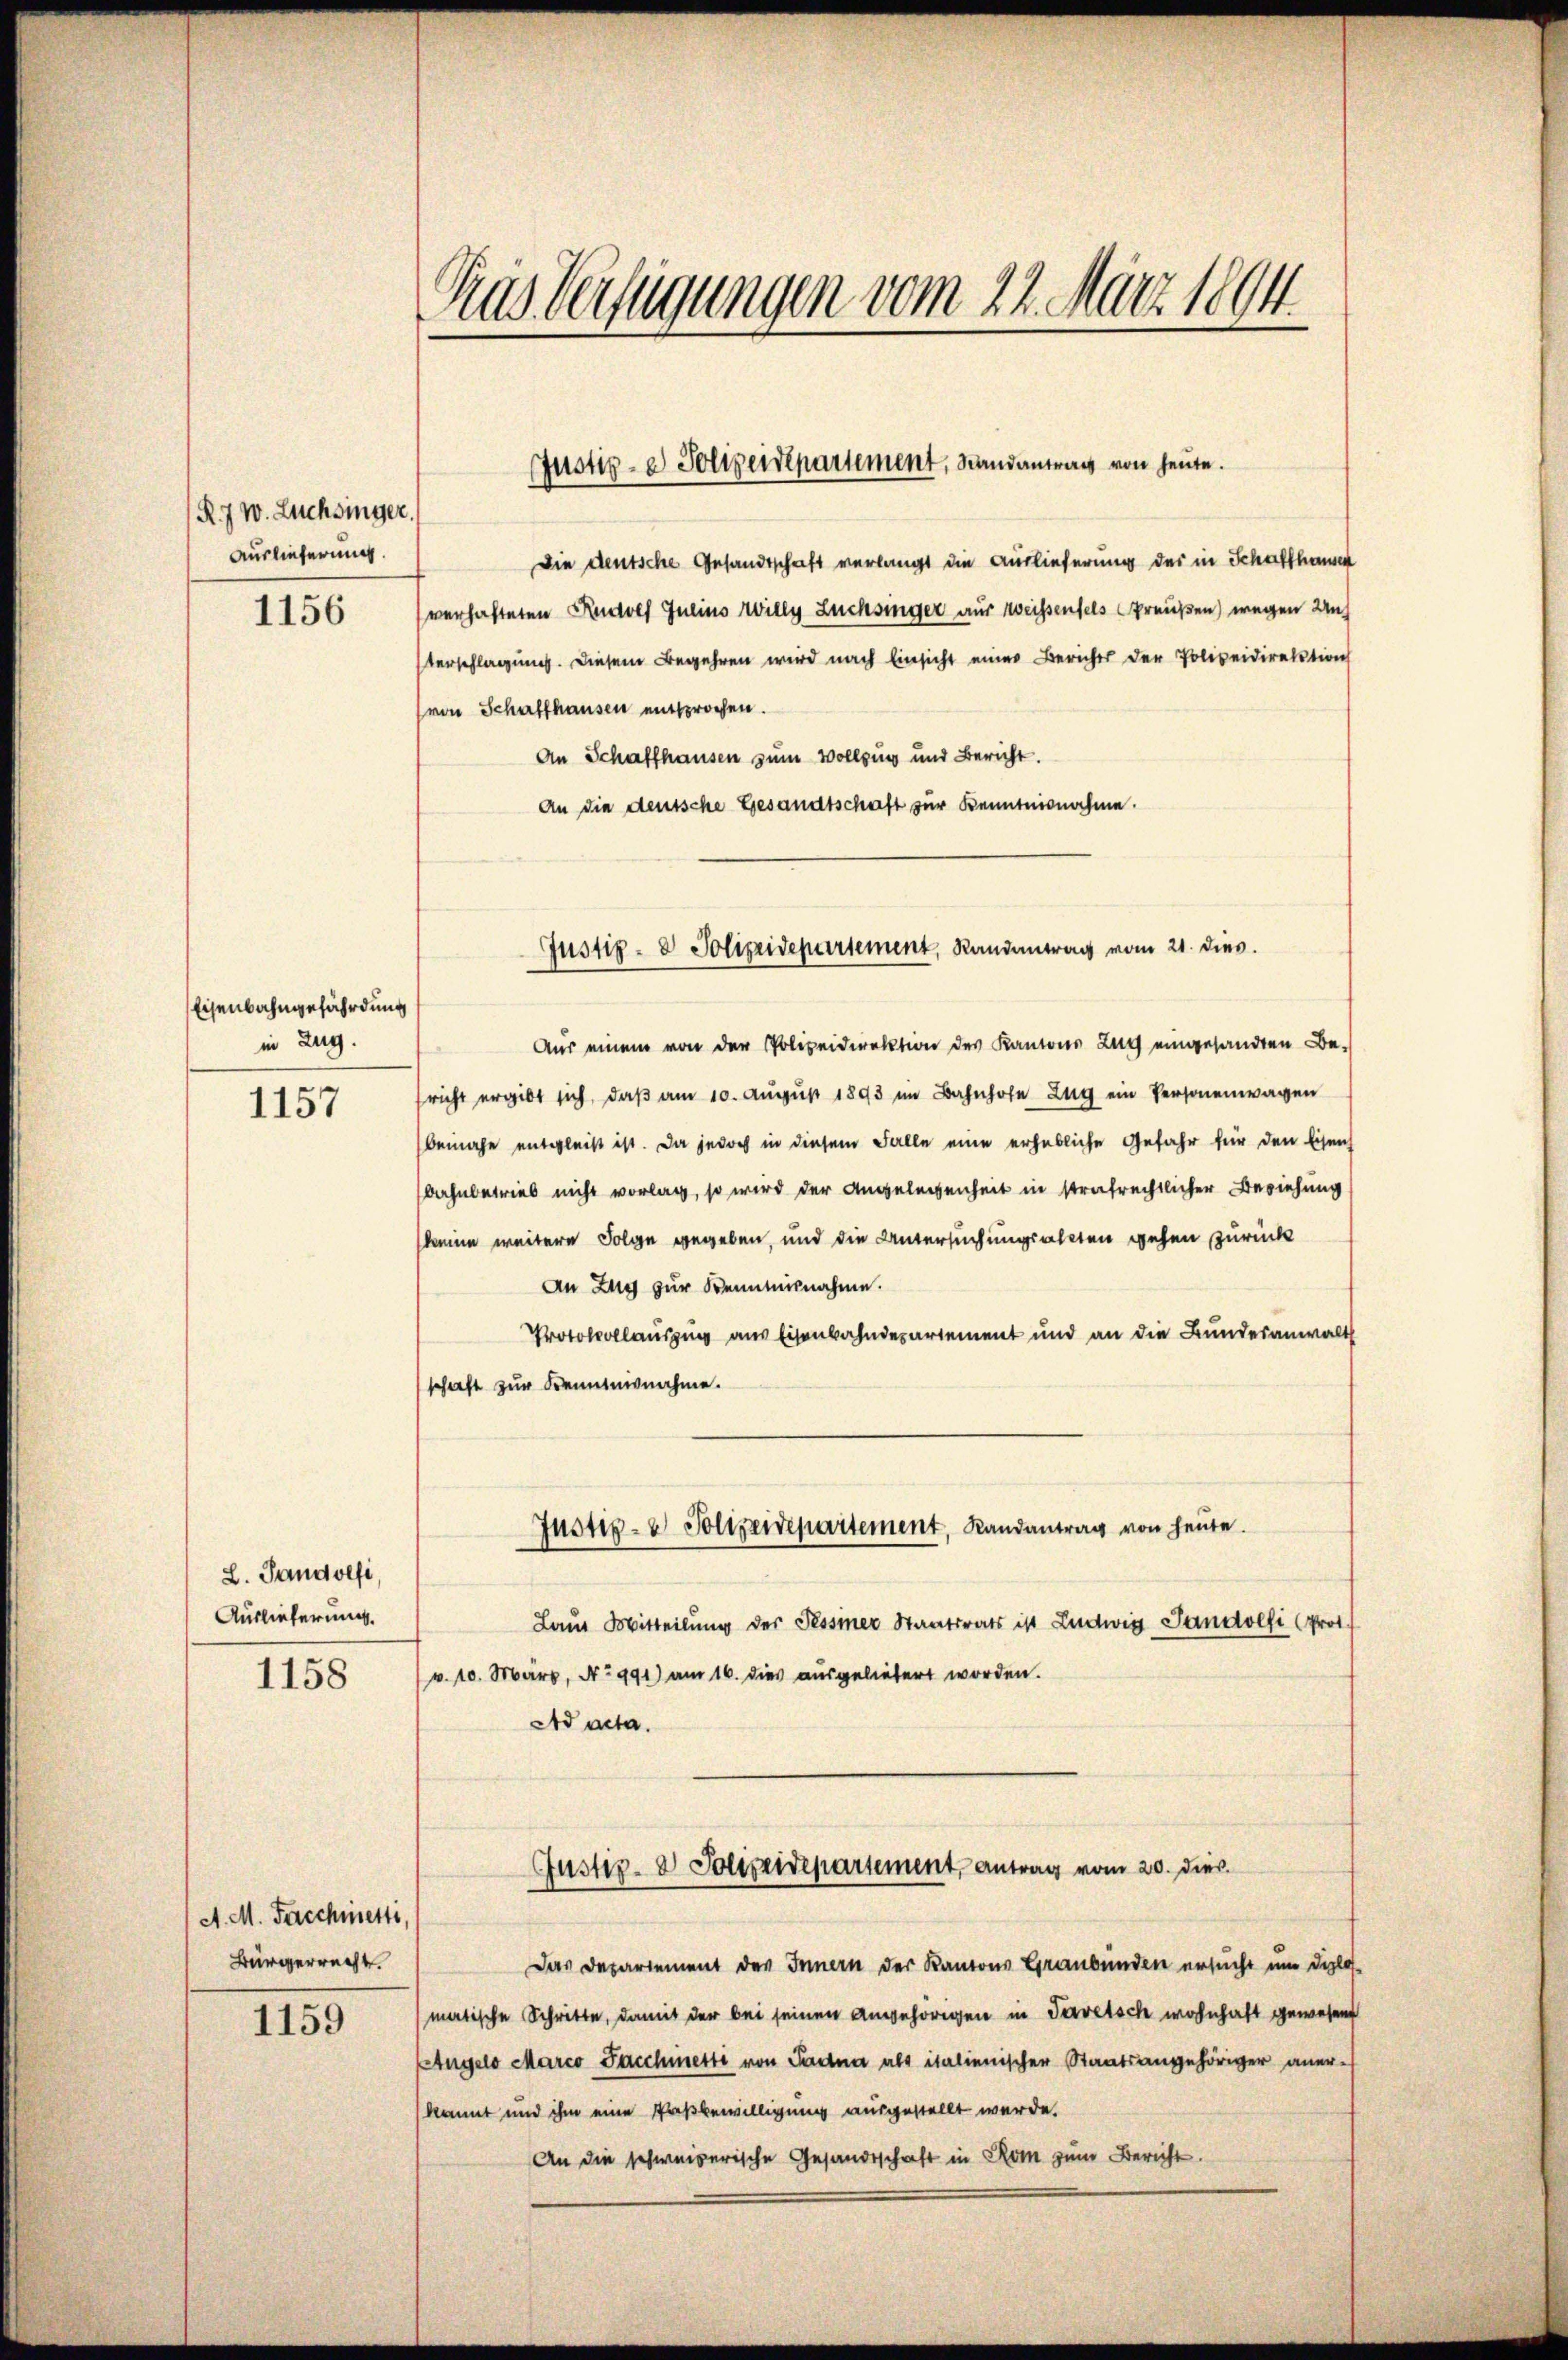
R. 7 w. Luchsinger.
Auslieferung
1156

Eisenbahngefährdung
in Zug.

1157

L. Sandolfi,
Auslieferung.
1158

A. M. Faschietti,
Bürgerrecht.

1159

Aus Verfügungen vom 22. März 1894.

Die deutsche Gesandtschaft verlangt die Auslieferung der in Schaffhausen
verhafteten Rudolf Julius Willy Züchsinger aus weißenfels Preußen) wegen Unterschlagung. Diesem Begehren wird nach Einsicht einer Berichts der Polizeidirektion
von Schaffhausen entsprochen.
An Schaffhausen zum Vollzug und Bericht.
An die deutsche Gesandtschaft zur Kenntnisnahme.

Justiz- & Polizendepartement, Randantrag von heute.

Justiz- & Polizeidepartement, Randantrag vom 21. dies.

Aus einem von der Polizeidirektion des Kantons Zug eingesandten Besricht ergibt sich, daß am 10. August 1893 im Bahnhofe Zug ein Personenwagen
bemache entgleiß ist. Da jedoch in diesem Falle eine erhebliche Gefahr für den Eisen
bahnbetrieb nicht vorlag, so wird der Angelegenheit in strafrechtlicher Beziehung
keine weitere Folge gegeben, und die Untersuchungsalten gehen zurück
An Zug zur Kenntnisnahme.
Protokollauszug aus Eisenbahndepartement und an die Bundesanwalt
schaft zur Kenntnisnahme.
Laut Mitteilung der Tessiner Staatsrats ist Ludwig Landolfi Prot.
v. 10. März, No 991) am 16. dies ausgeliebert worden.
Ad acta.
Justiz- & Polizeidepartement, Antrag vom 20. dies
Das Departement des Innern der Kantons Graubünden ersucht um diplo
matische Schritte, damit der bei seinen Angehörigen in Tavetsch wohnhaft gewesen
Angelo Marco Facchmetti von Sadna als italienischer Staatsangehöriger aner-
kannt und ihm eine Proßbewilligung ausgestellt werde.
An die schweizerische Gesandtschaft in Rom zum Bericht.

Justiz- & Polizeidepartement, Landantrag von heŭte.